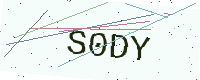
Text: S0DY